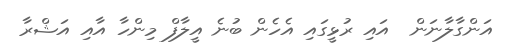
އަންގާލާާނަން  އައި ރުޅީގައި އެހެން ބުނެ އީލާފް މިންހާ އާއި އަޝްރާ